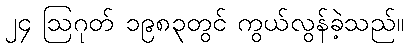
၂၄ ဩဂုတ် ၁၉၈၃တွင် ကွယ်လွန်ခဲ့သည်။